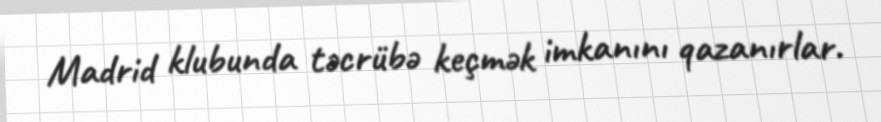
Madrid klubunda təcrübə keçmək imkanını qazanırlar.